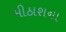
મીઠાશના